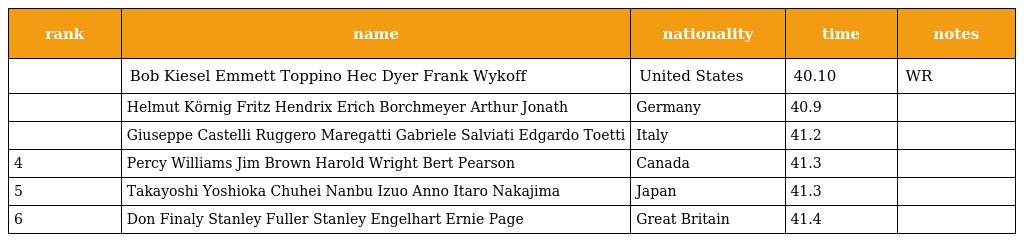
| rank | name | nationality | time | notes |
 | --- | --- | --- | --- | --- |
 |  | Bob Kiesel Emmett Toppino Hec Dyer Frank Wykoff | United States | 40.10 | WR |
 |  | Helmut Körnig Fritz Hendrix Erich Borchmeyer Arthur Jonath | Germany | 40.9 |  |
 |  | Giuseppe Castelli Ruggero Maregatti Gabriele Salviati Edgardo Toetti | Italy | 41.2 |  |
 | 4 | Percy Williams Jim Brown Harold Wright Bert Pearson | Canada | 41.3 |  |
 | 5 | Takayoshi Yoshioka Chuhei Nanbu Izuo Anno Itaro Nakajima | Japan | 41.3 |  |
 | 6 | Don Finaly Stanley Fuller Stanley Engelhart Ernie Page | Great Britain | 41.4 |  |